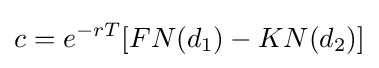
c=e^{-rT}[FN(d_{1})-KN(d_{2})]